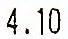
4.10